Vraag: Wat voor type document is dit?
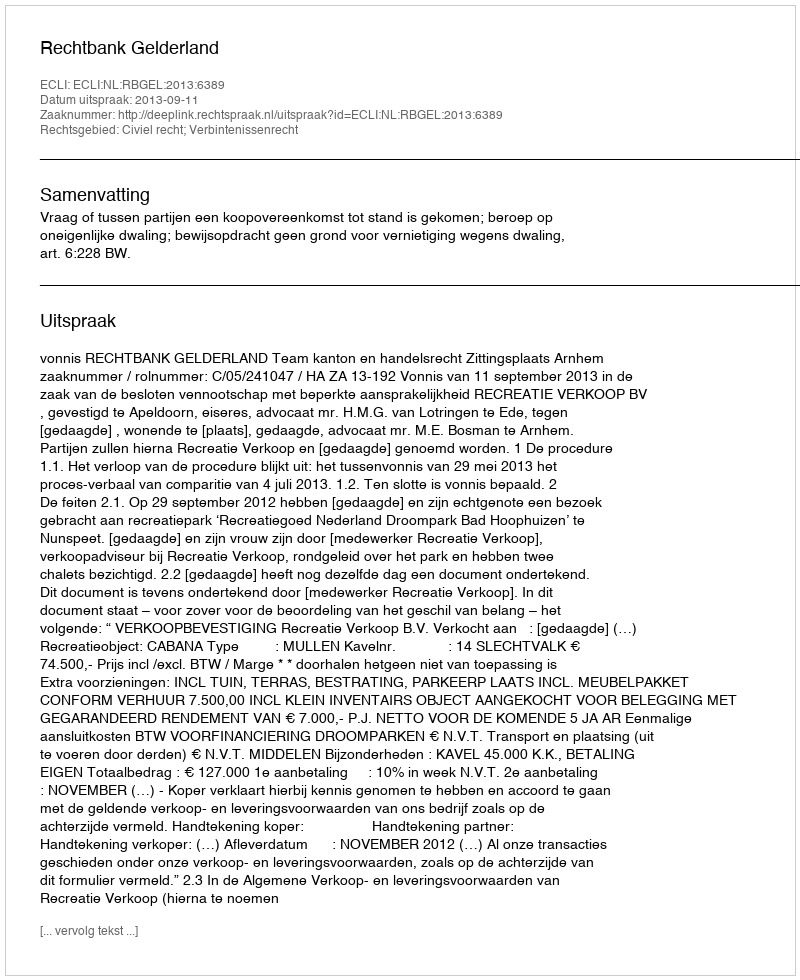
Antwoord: Uitspraak